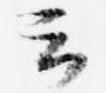
云